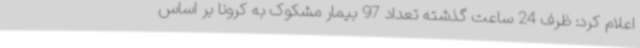
اعلام کرد: ظرف 24 ساعت گذشته تعداد 97 بیمار مشکوک به کرونا بر اساس